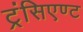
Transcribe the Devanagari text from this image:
ट्रंसिएण्ट